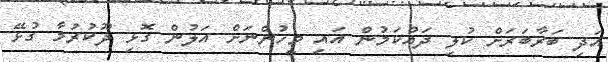
އަދި ބަރާބަރަށް ކުލި ދައްކަމުން އައި މީހުންނަށް އަލުން ގޮޅި ދޫކުރުމާ ގުޅޭ